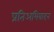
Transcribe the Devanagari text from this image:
प्रतिअभिवादन